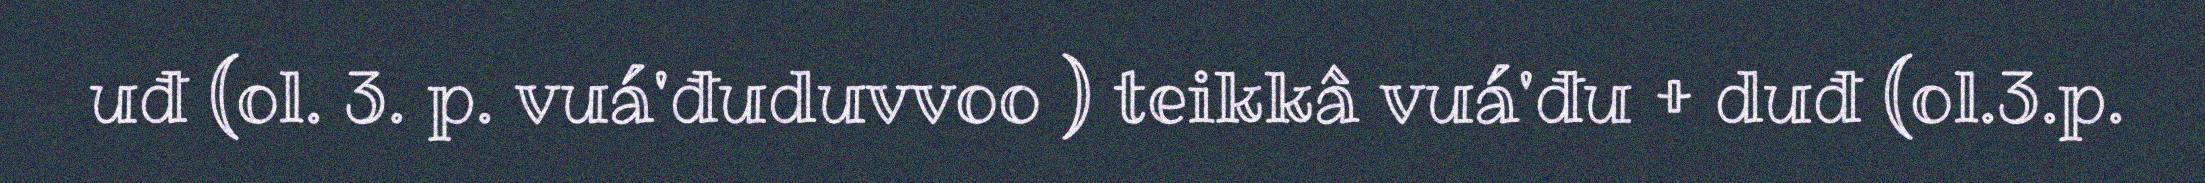
uđ (ol. 3. p. vuá'đuduvvoo ) teikkâ vuá'đu + duđ (ol.3.p.